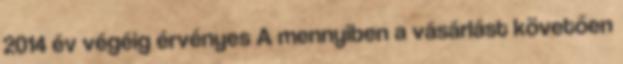
2014 év végéig érvényes A mennyiben a vásárlást követően